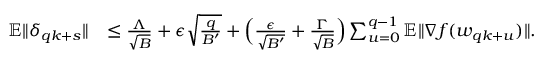
\begin{array} { r l } { \mathbb { E } \| \delta _ { q k + s } \| } & { \le \frac { \Lambda } { \sqrt { B } } + \epsilon \sqrt { \frac { q } { B ^ { \prime } } } + \Big ( \frac { \epsilon } { \sqrt { B ^ { \prime } } } + \frac { \Gamma } { \sqrt { B } } \Big ) \sum _ { u = 0 } ^ { q - 1 } \mathbb { E } \| \nabla f ( w _ { q k + u } ) \| . } \end{array}